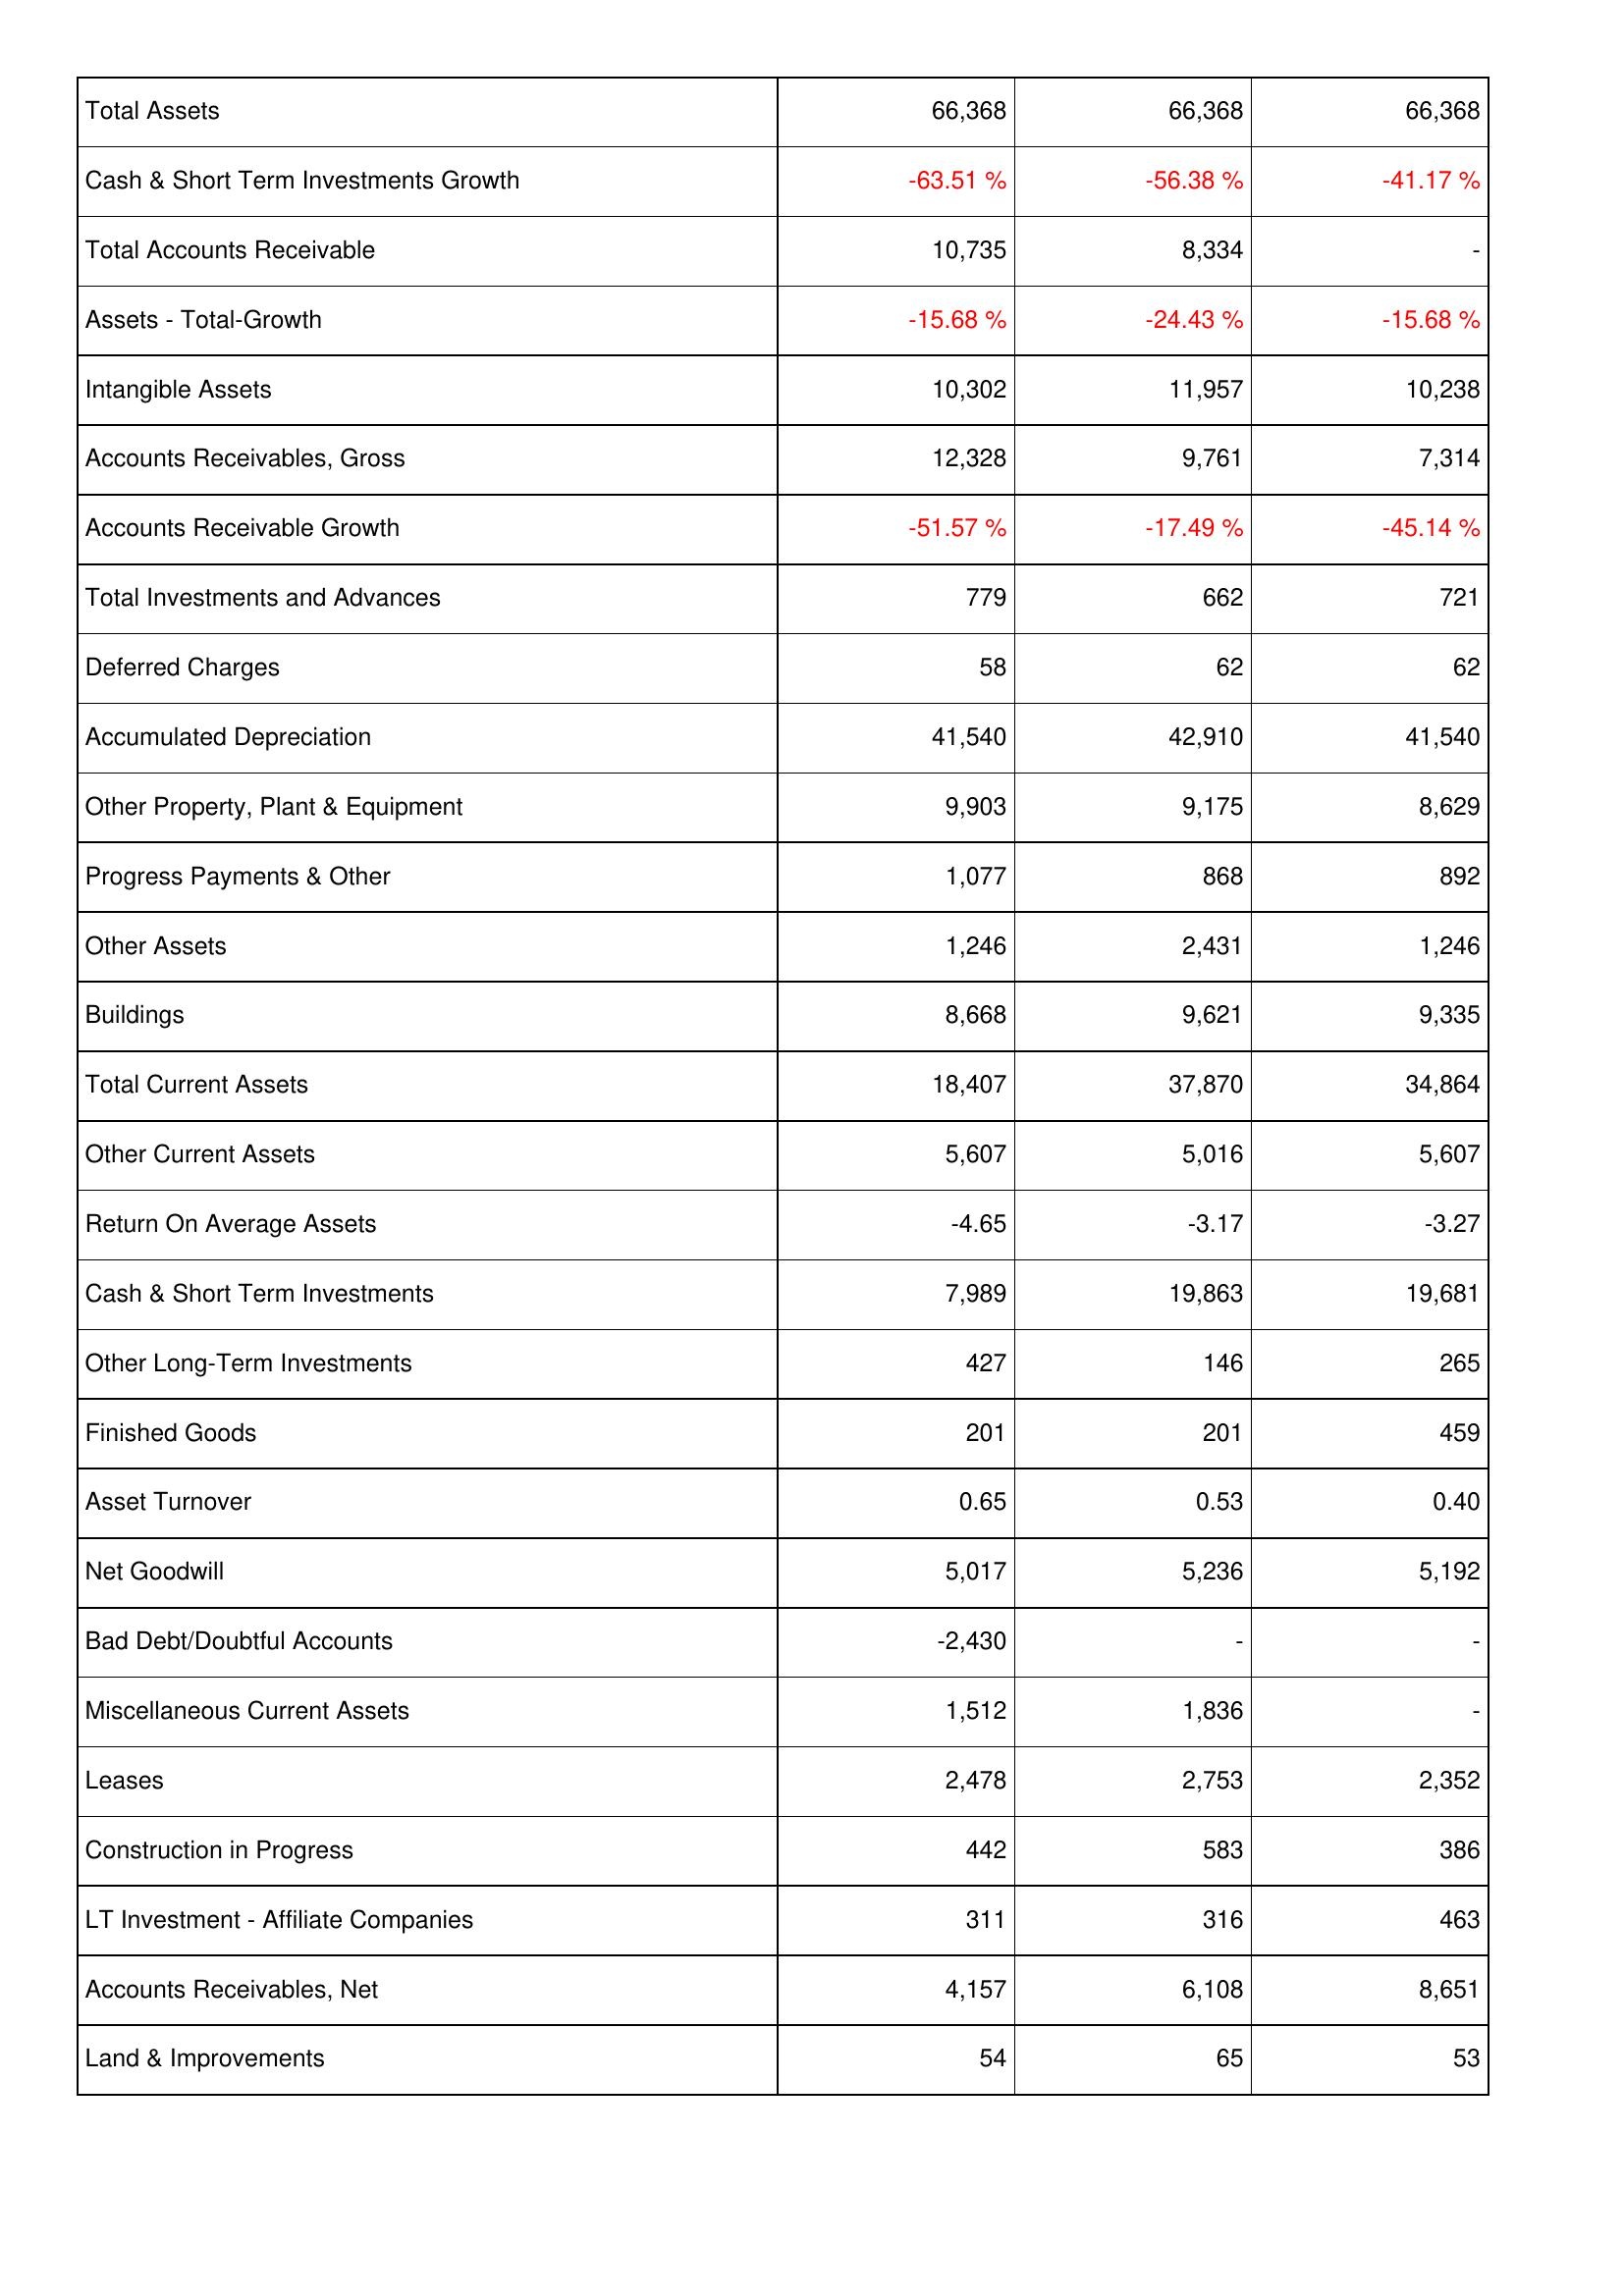
2007: Assets: Total Assets: 66,368
Cash & Short Term Investments Growth: -63.51 %
Total Accounts Receivable: 10,735
Assets - Total-Growth: -15.68 %
Intangible Assets: 10,302
Accounts Receivables, Gross: 12,328
Accounts Receivable Growth: -51.57 %
Total Investments and Advances: 779
Deferred Charges: 58
Accumulated Depreciation: 41,540
Other Property, Plant & Equipment: 9,903
Progress Payments & Other: 1,077
Other Assets: 1,246
Buildings: 8,668
Total Current Assets: 18,407
Other Current Assets: 5,607
Return On Average Assets: -4.65
Cash & Short Term Investments: 7,989
Other Long-Term Investments: 427
Finished Goods: 201
Asset Turnover: 0.65
Net Goodwill: 5,017
Bad Debt/Doubtful Accounts: -2,430
Miscellaneous Current Assets: 1,512
Leases: 2,478
Construction in Progress: 442
LT Investment - Affiliate Companies: 311
Accounts Receivables, Net: 4,157
Land & Improvements: 54
2008: Assets: Total Assets: 66,368
Cash & Short Term Investments Growth: -56.38 %
Total Accounts Receivable: 8,334
Assets - Total-Growth: -24.43 %
Intangible Assets: 11,957
Accounts Receivables, Gross: 9,761
Accounts Receivable Growth: -17.49 %
Total Investments and Advances: 662
Deferred Charges: 62
Accumulated Depreciation: 42,910
Other Property, Plant & Equipment: 9,175
Progress Payments & Other: 868
Other Assets: 2,431
Buildings: 9,621
Total Current Assets: 37,870
Other Current Assets: 5,016
Return On Average Assets: -3.17
Cash & Short Term Investments: 19,863
Other Long-Term Investments: 146
Finished Goods: 201
Asset Turnover: 0.53
Net Goodwill: 5,236
Bad Debt/Doubtful Accounts: -
Miscellaneous Current Assets: 1,836
Leases: 2,753
Construction in Progress: 583
LT Investment - Affiliate Companies: 316
Accounts Receivables, Net: 6,108
Land & Improvements: 65
2009: Assets: Total Assets: 66,368
Cash & Short Term Investments Growth: -41.17 %
Total Accounts Receivable: -
Assets - Total-Growth: -15.68 %
Intangible Assets: 10,238
Accounts Receivables, Gross: 7,314
Accounts Receivable Growth: -45.14 %
Total Investments and Advances: 721
Deferred Charges: 62
Accumulated Depreciation: 41,540
Other Property, Plant & Equipment: 8,629
Progress Payments & Other: 892
Other Assets: 1,246
Buildings: 9,335
Total Current Assets: 34,864
Other Current Assets: 5,607
Return On Average Assets: -3.27
Cash & Short Term Investments: 19,681
Other Long-Term Investments: 265
Finished Goods: 459
Asset Turnover: 0.40
Net Goodwill: 5,192
Bad Debt/Doubtful Accounts: -
Miscellaneous Current Assets: -
Leases: 2,352
Construction in Progress: 386
LT Investment - Affiliate Companies: 463
Accounts Receivables, Net: 8,651
Land & Improvements: 53